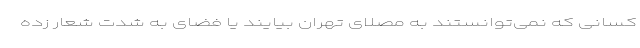
کسانی که نمی‌توانستند به مصلای تهران بیایند یا فضای به شدت شعار زده